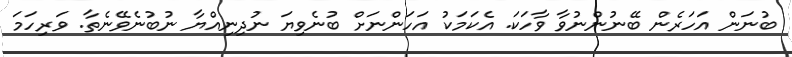
ބުނަން އަހަރެން ބޭނުންނުވާ ވާހަކަ. އެކަމަކު އަހަންނަށް ބުނެވިޔަ ނުދިނިއްޔާ ނުބުނެވޭނެތާ. ވަރިހަމަ